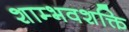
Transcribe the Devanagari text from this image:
शाम्भवशक्ति